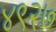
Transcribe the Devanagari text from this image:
४९२७